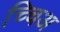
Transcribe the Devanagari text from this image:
च्चिअ